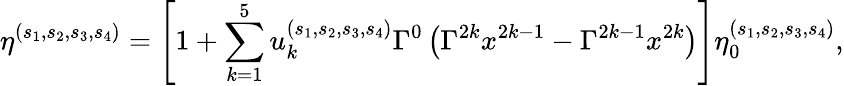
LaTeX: \eta^{(s_{1},s_{2},s_{3},s_{4})}=\left[1+\sum_{k=1}^{5}u_{k}^{(s_{1},s_{2},s_{3},s_{4})}\Gamma^{0}\left(\Gamma^{2k}x^{2k-1}-\Gamma^{2k-1}x^{2k}\right)\right]\eta_{0}^{(s_{1},s_{2},s_{3},s_{4})},